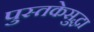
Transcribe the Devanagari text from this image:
पुस्तकेसुद्धा